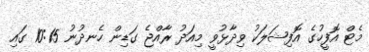
މެޓް އޮފީހުގެ އޮފިޝަލަކު ވިދާޅުވީ މިއަދު ރާއްޖެ ގަޑިން ހެނދުނު 10:15 ގައި